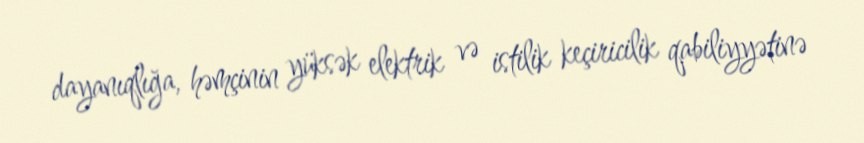
dayanıqlığa, həmçinin yüksək elektrik və istilik keçiricilik qabiliyyətinə